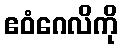
ဧဝံဂေလိကို